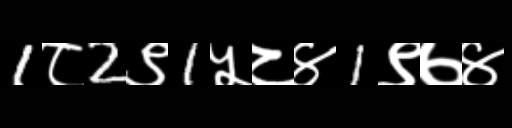
Text: 1८2९1५८४1९७४